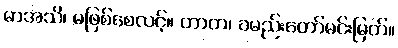
မာအသိ၊ မဖြစ်စေလင့်။ တာတ၊ ခမည်းတော်မင်းမြတ်။